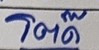
โต๊ด